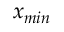
x _ { m i n }